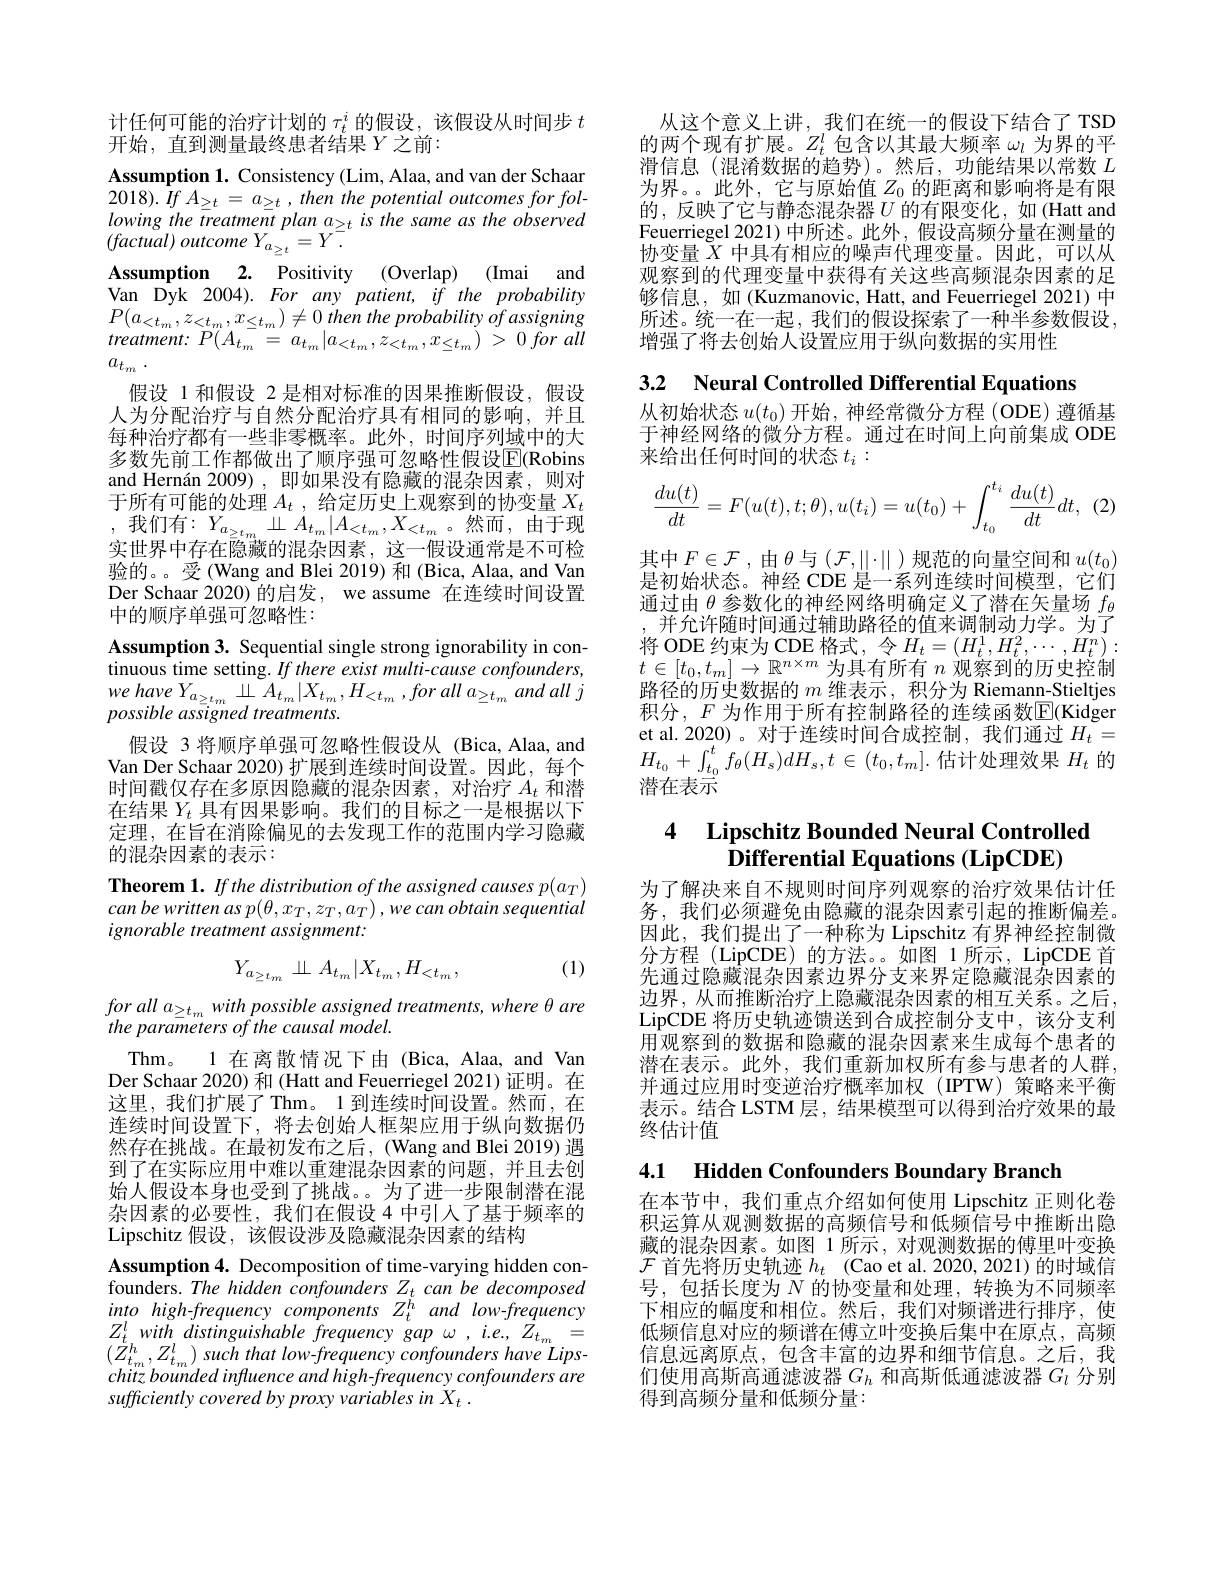
计任何可能的治疗计划的$\tau_t^i$的假设，该假设从时间步$t$
开始，直到测量最终患者结果$Y$之前：

Assumption 1. Consistency (Lim, Alaa, and van der Schaar $\begin{array}{l}{2018).\:If\:A_{\geq t}=\:a_{\geq t}\:,\:then\:the\:potential\:outcomes\:for\:fol-\\{lowing\:the\:treatment\:plan\:a_{\geq t}\:is\:the\:same\:as\:the\:observed}\\{(factual)\:outcome\:Y_{a_{\geq t}}=Y.}\end{array}}\\$ Assumption 2. Positivity (Overlap) (Imai and Van Dyk 2004). For any patient, if the probability $P(a_{<t_{m}},z_{<t_{m}},x_{\leq t_{m}})\neq0$ then the probability of assigning $treatment:~P(A_{t_{m}}=~a_{t_{m}}|a_{<t_{m}},z_{<t_{m}},x_{\leq t_{m}})~>~0~for~all$ $a_{t_m}$ .
假设 1 和假设 2 是相对标准的因果推断假设，假设人为分配治疗与自然分配治疗具有相同的影响，并且每种治疗都有一些非零概率。此外，时间序列域中的大多数先前工作都做出了顺序强可忽略性假设$\overline{\mathrm{E}}($Robins and Hernán 2009),即如果没有隐藏的混杂因素，则对于所有可能的处理$A_t$ ,给定历史上观察到的协变量$X_t$ ,我们有$:Y_a_{\geq t_m}\perp A_{t_m}|A_{<t_m},X_{<t_m}$。然而，由于现实世界中存在隐藏的混杂因素，这一假设通常是不可检验的。。受(Wang and Blei 2019) 和 (Bica, Alaa, and Van Der Schaar 2020) 的启发，we assume 在连续时间设置中的顺序单强可忽略性：
Assumption 3. Sequential single strong ignorability in continuous time setting. If there exist multi-cause confounders, $we$ have $Y_{a_{\geq t_{m}}}$ $\underline {}\perp$ $A_{t_{m}}| X_{t_{m}}, H_{< t_{m}}$ $, for$ all $a_{\geq t_{m}}$ and all $j$ possible assigned treatments.
假设 3 将顺序单强可忽略性假设从 (Bica,Alaa,and Van Der Schaar 2020) 扩展到连续时间设置。因此，每个时间戳仅存在多原因隐藏的混杂因素，对治疗$A_t$和潜在结果$Y_t$具有因果影响。我们的目标之一是根据以下定理，在旨在消除偏见的去发现工作的范围内学习隐藏的混杂因素的表示：
Theorem 1. If the distribution of the assigned causes p(aT) $canbewrittenasp(\theta,x_{T},z_{T},a_{T}),wecanobtainsequential$ ignorable treatment assignment:

(1)
$$Y_{a_{\geq t_{m}}}\perp A_{t_{m}}|X_{t_{m}},H_{<t_{m}},$$
$\begin{array}{l}{for~all~a_{\geq t_{m}}~with~possible~assigned~treatments,~where~\theta~are\\the~parameters~of~the~causal~model.}\end{array}$
Thm。1 在离散情况下由 (Bica, Alaa, and Van Der Schaar 2020) 和 (Hatt and Feuerriegel 2021) 证明。在这里，我们扩展了Thm。1到连续时间设置。然而，在连续时间设置下，将去创始人框架应用于纵向数据仍然存在挑战。在最初发布之后，(Wang and Blei 2019)遇到了在实际应用中难以重建混杂因素的问题，并且去创始人假设本身也受到了挑战。。为了进一步限制潜在混杂因素的必要性，我们在假设 4 中引入了基于频率的Lipschitz 假设，该假设涉及隐藏混杂因素的结构
Assumption 4. Decomposition of time-varying hidden confounders. The hidden confounders $Z_t$ can be decomposed into high-frequency components $Z_t^h$ and low-frequency $Z_{t}^{l}with$ distinguishable frequency gap $\omega,ie.,Z_{t_{m}}=$ $(\breve{Z}_{t_{m}}^{h},Z_{t_{m}}^{l})$ such that low-frequency confounders have Lipschitz bounded influence and high-frequency confounders are sufficiently covered by proxy variables in X .

从这个意义上讲，我们在统一的假设下结合了 TSD 的两个现有扩展。$Z_t^l$包含以其最大频率$\omega_l$为界的平滑信息(混淆数据的趋势)。然后，功能结果以常数$L$ 为界。。此外，它与原始值$Z_0$的距离和影响将是有限的，反映了它与静态混杂器$U$ 的有限变化，如(Hatt and Feuerriegel 2021)中所述。此外，假设高频分量在测量的协变量$\tilde{X}$中具有相应的噪声代理变量。因此，可以从观察到的代理变量中获得有关这些高频混杂因素的足够信息，如(Kuzmanovic, Hatt, and Feuerriegel 2021)中所述。统一在一起，我们的假设探索了一种半参数假设， 增强了将去创始人设置应用于纵向数据的实用性

3.2 Neural Controlled Differential Equations

从初始状态$u(t_0)$开始，神经常微分方程 (ODE) 遵循基于神经网络的微分方程。通过在时间上向前集成 ODE 来给出任何时间的状态$t_i:$
$$\dfrac{du(t)}{dt}=F(u(t),t;\theta),u(t_i)=u(t_0)+\int_{t_0}^{t_i}\dfrac{du(t)}{dt}dt,\:(2$$
其中$F\in\mathcal{F}$,由$\theta$与$(\mathcal{F},\|\cdot\|$)规范的向量空间和$u(t_0)$ 是初始状态。神经 CDE 是一系列连续时间模型，它们通过由$\theta$参数化的神经网络明确定义了潜在矢量场$f_\mathrm{\theta}$
并允许随时间通过辅助路径的值来调制动力学。为了$\begin{array}{l}\text{将 ODE 约束为 CDE 格式，令 }H_t=(H_t^1,H_t^2,\cdots,H_t^n):\\t\in[t_0,t_m]\to\mathbb{R}^{n\times m}\text{ 为具有所有 }n\text{ 观察到的历史控制}\end{array}$ 路径的历史数据的$m$维表示，积分为 Riemann-Stieltjes 积分，$F$为作用于所有控制路径的连续函数E(Kidger et al. 2020)。对于连续时间合成控制，我们通过$H_{t}=$ $H_{t_0}$ + $\int _{t_0}^{t}$ $f_\theta ( H_s) dH_s, t$ $\in$ $( t_0, t_m] .$估计处理效果 $H_t$ 的潜在表示

## 4 Lipschitz Bounded Neural Controlled $\bar{\textbf{Differential Equations (LipCDE)}}$

为了解决来自不规则时间序列观察的治疗效果估计任务，我们必须避免由隐藏的混杂因素引起的推断偏差。因此，我们提出了一种称为 Lipschitz 有界神经控制微分方程 (LipCDE)的方法。如图 1所示，LipCDE 首先通过隐藏混杂因素边界分支来界定隐藏混杂因素的边界，从而推断治疗上隐藏混杂因素的相互关系。之后， LipCDE 将历史轨迹馈送到合成控制分支中，该分支利用观察到的数据和隐藏的混杂因素来生成每个患者的潜在表示。此外，我们重新加权所有参与患者的人群并通过应用时变逆治疗概率加权(IPTW)策略来平衡表示。结合 LSTM 层，结果模型可以得到治疗效果的最终估计值

4.1 Hidden Confounders Boundary Branch

在本节中，我们重点介绍如何使用 Lipschitz 正则化卷积运算从观测数据的高频信号和低频信号中推断出隐藏的混杂因素。如图 1 所示 , 对观测数据的傅里叶变换$\mathcal{F}$首先将历史轨迹$h_t$ (Cao et al. 2020, 2021)的时域信号，包括长度为$N$的协变量和处理，转换为不同频率下相应的幅度和相位。然后，我们对频谱进行排序，使低频信息对应的频谱在傅立叶变换后集中在原点，高频信息远离原点，包含丰富的边界和细节信息。之后，我们使用高斯高通滤波器$G_h$和高斯低通滤波器$G_l$分别得到高频分量和低频分量：